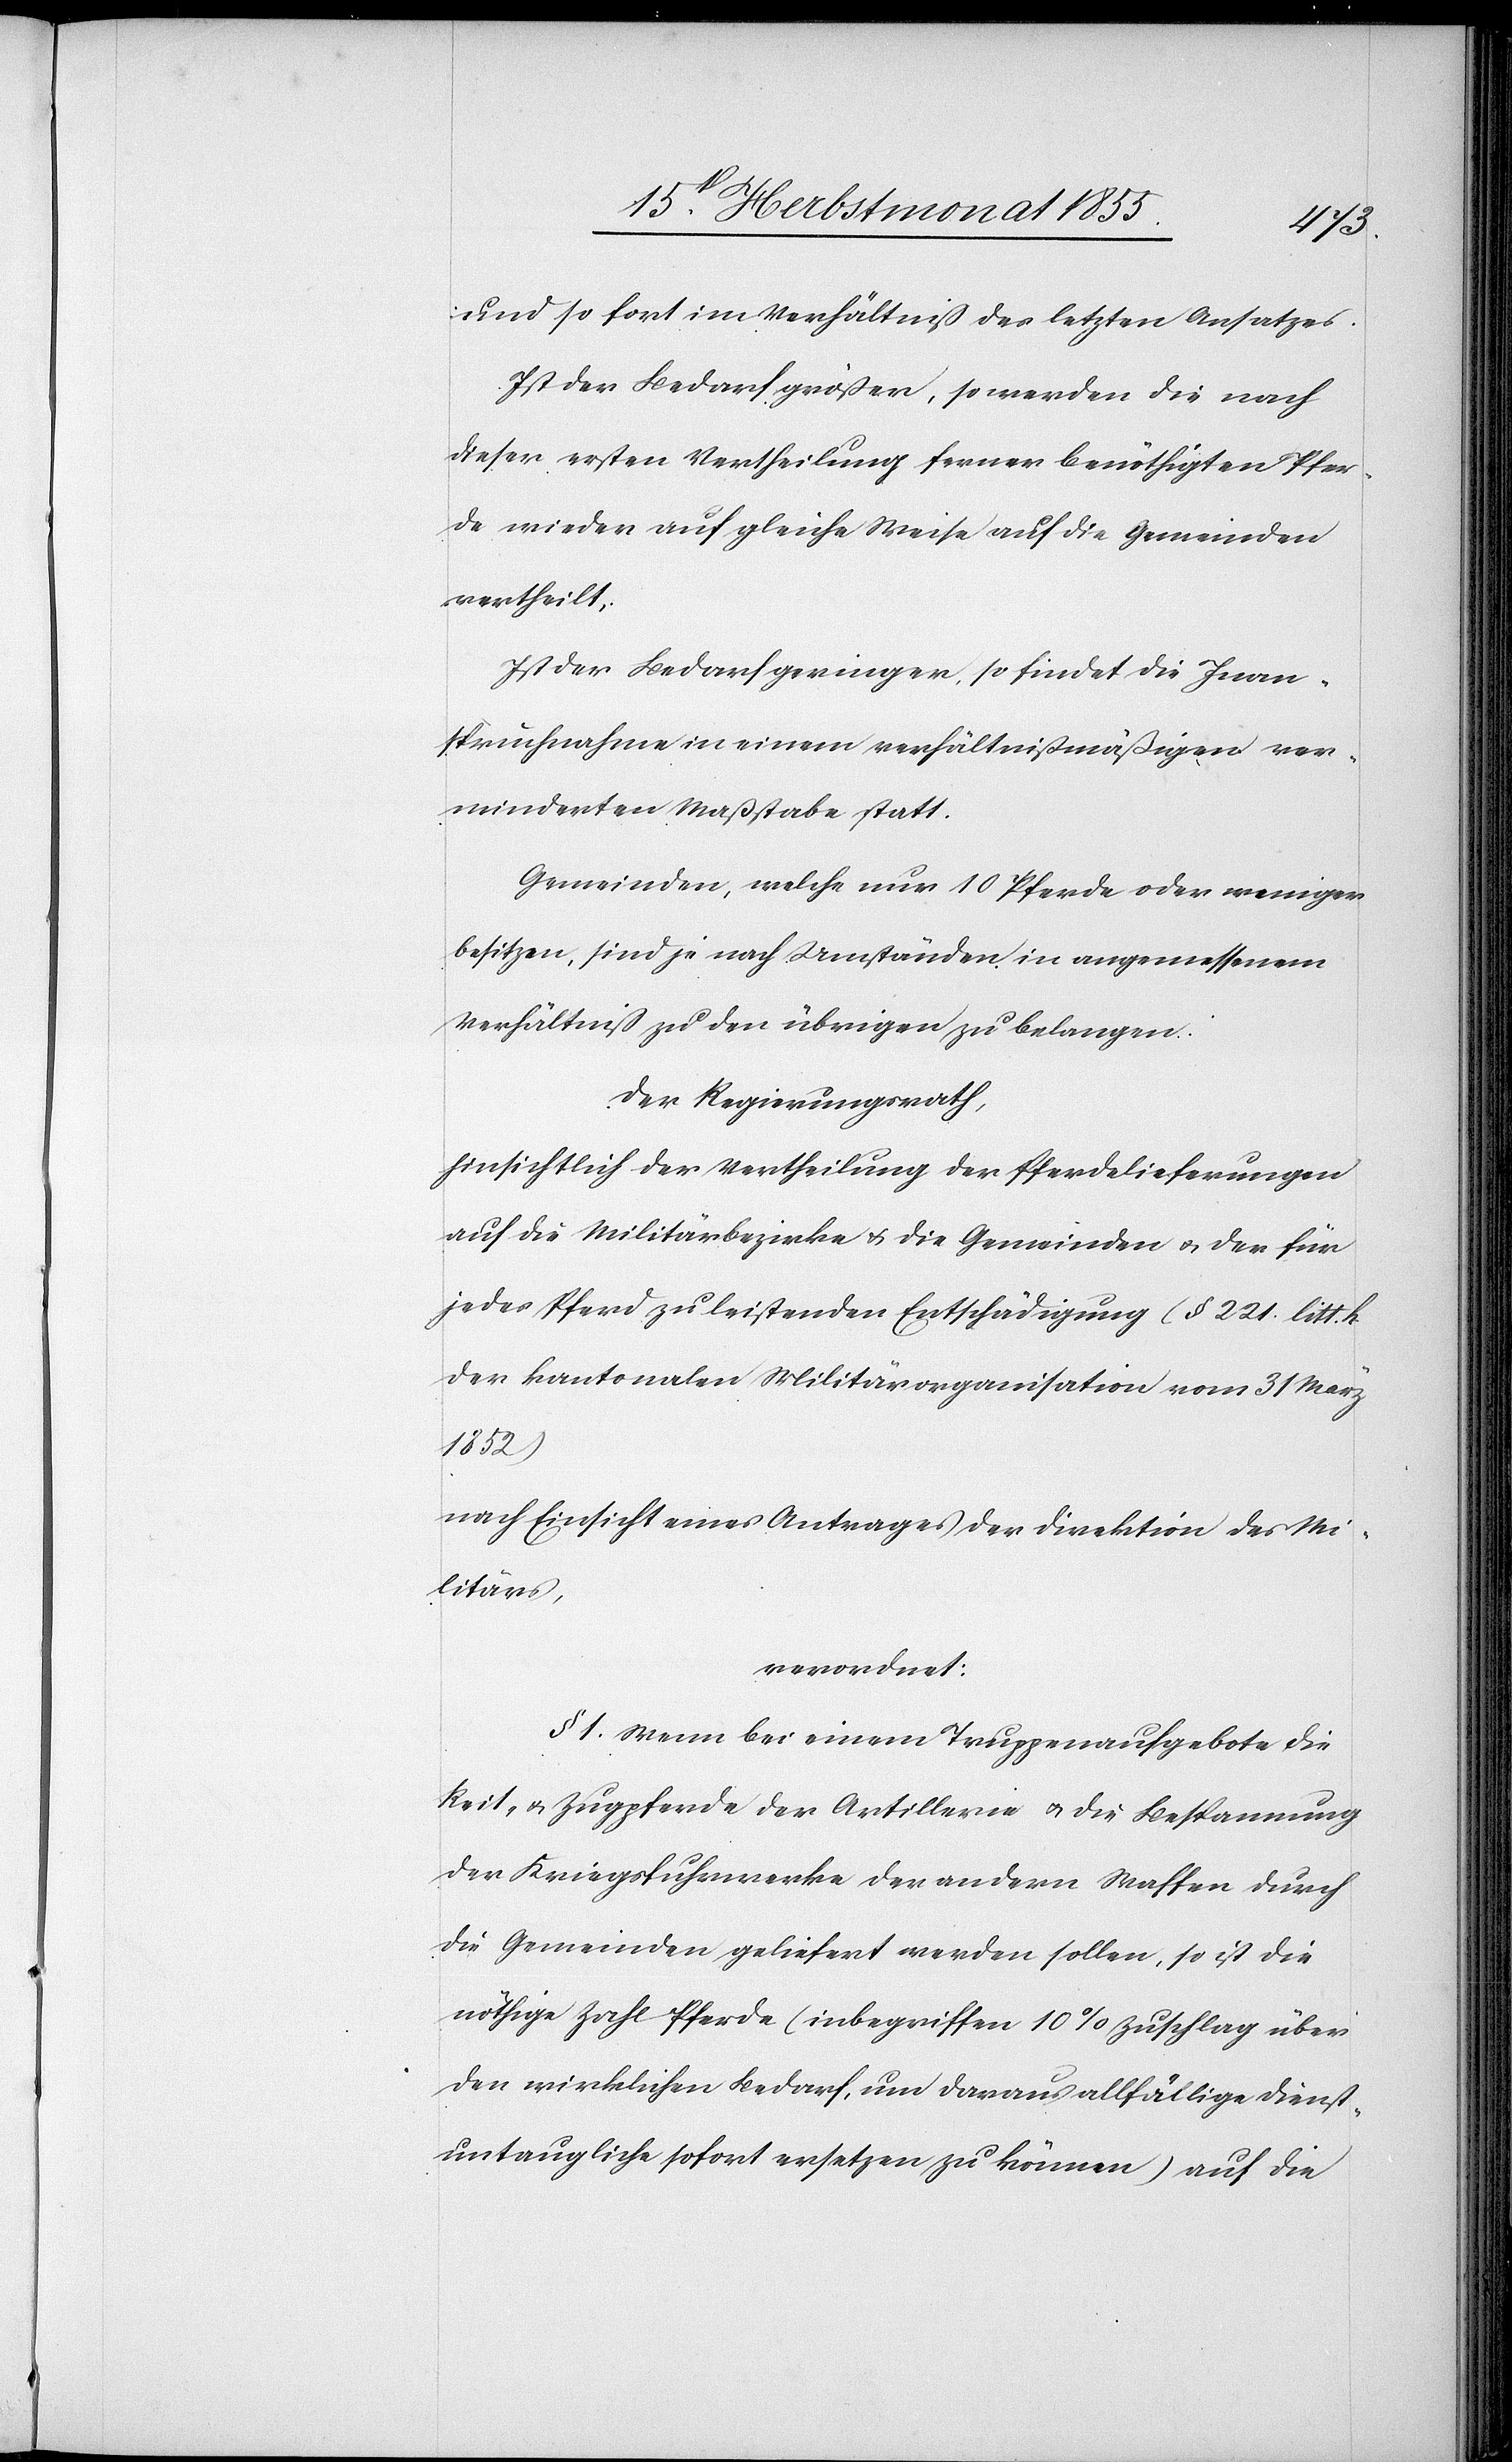
und so fort im Verhältniß des letzten Ansatzes.
Ist der Bedarf größer, so werden die nach
dieser ersten Vertheilung ferner benöthigten Pfer¬
de wieder auf gleiche Weise auf die Gemeinden
vertheilt.
Ist der Bedarf geringer, so findet die Inan¬
spruchnahme in einem verhältnißmäßigen ver¬
minderten Maßstabe statt.
Gemeinden, welche nur 10 Pferde oder weniger
besitzen, sind je nach Umständen in angemessenem
Verhältniß zu den übrigen zu belangen.[“]
Der Regierungsrath,
hinsichtlich der Vertheilung der Pferdelieferungen
auf die Militärbezirke & die Gemeinden & der für
jedes Pferd zu leistenden Entschädigung (§ 221. litt. h.
der kantonalen Militärorganisation vom 31 März
1852)
nach Einsicht eines Antrages der Direktion des Mi¬
litärs,
verordnet:
§ 1. Wenn bei einem Truppenaufgebote die
Reit- & Zugpferde der Artillerie & die Bespannung
der Kriegsfuhrwerke der andern Waffen durch
die Gemeinden geliefert werden sollen, so ist die
nöthige Zahl Pferde (inbegriffen 10% Zuschlag über
den wirklichen Bedarf, um daraus allfällige Dienst¬
untaugliche sofort ersetzen zu können) auf die